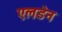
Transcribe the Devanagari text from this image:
एलडेन